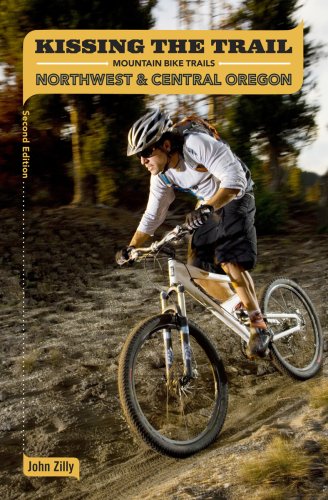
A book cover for Kissing the Trail: NW & Central Oregon Mountain Bike Trails; John Zilly; Travel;